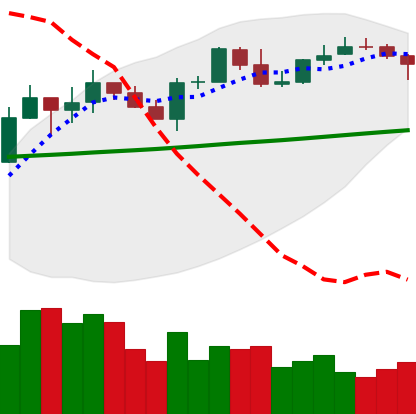
Ticker: LINK-USD
Chart end date: 2020-04-27
Forward return: 4.95%
Label: up_3_5